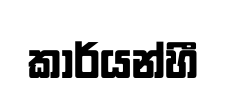
කාර්යන්හී